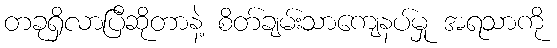
တခုရှိလာပြီဆိုတာနဲ့ စိတ်ချမ်းသာကျေနပ်မှု အရသာကို